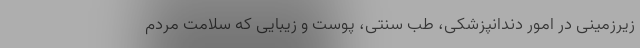
زیرزمینی در امور دندانپزشکی، طب سنتی، پوست و زیبایی که سلامت مردم